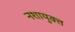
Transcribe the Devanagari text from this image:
नशायुक्त